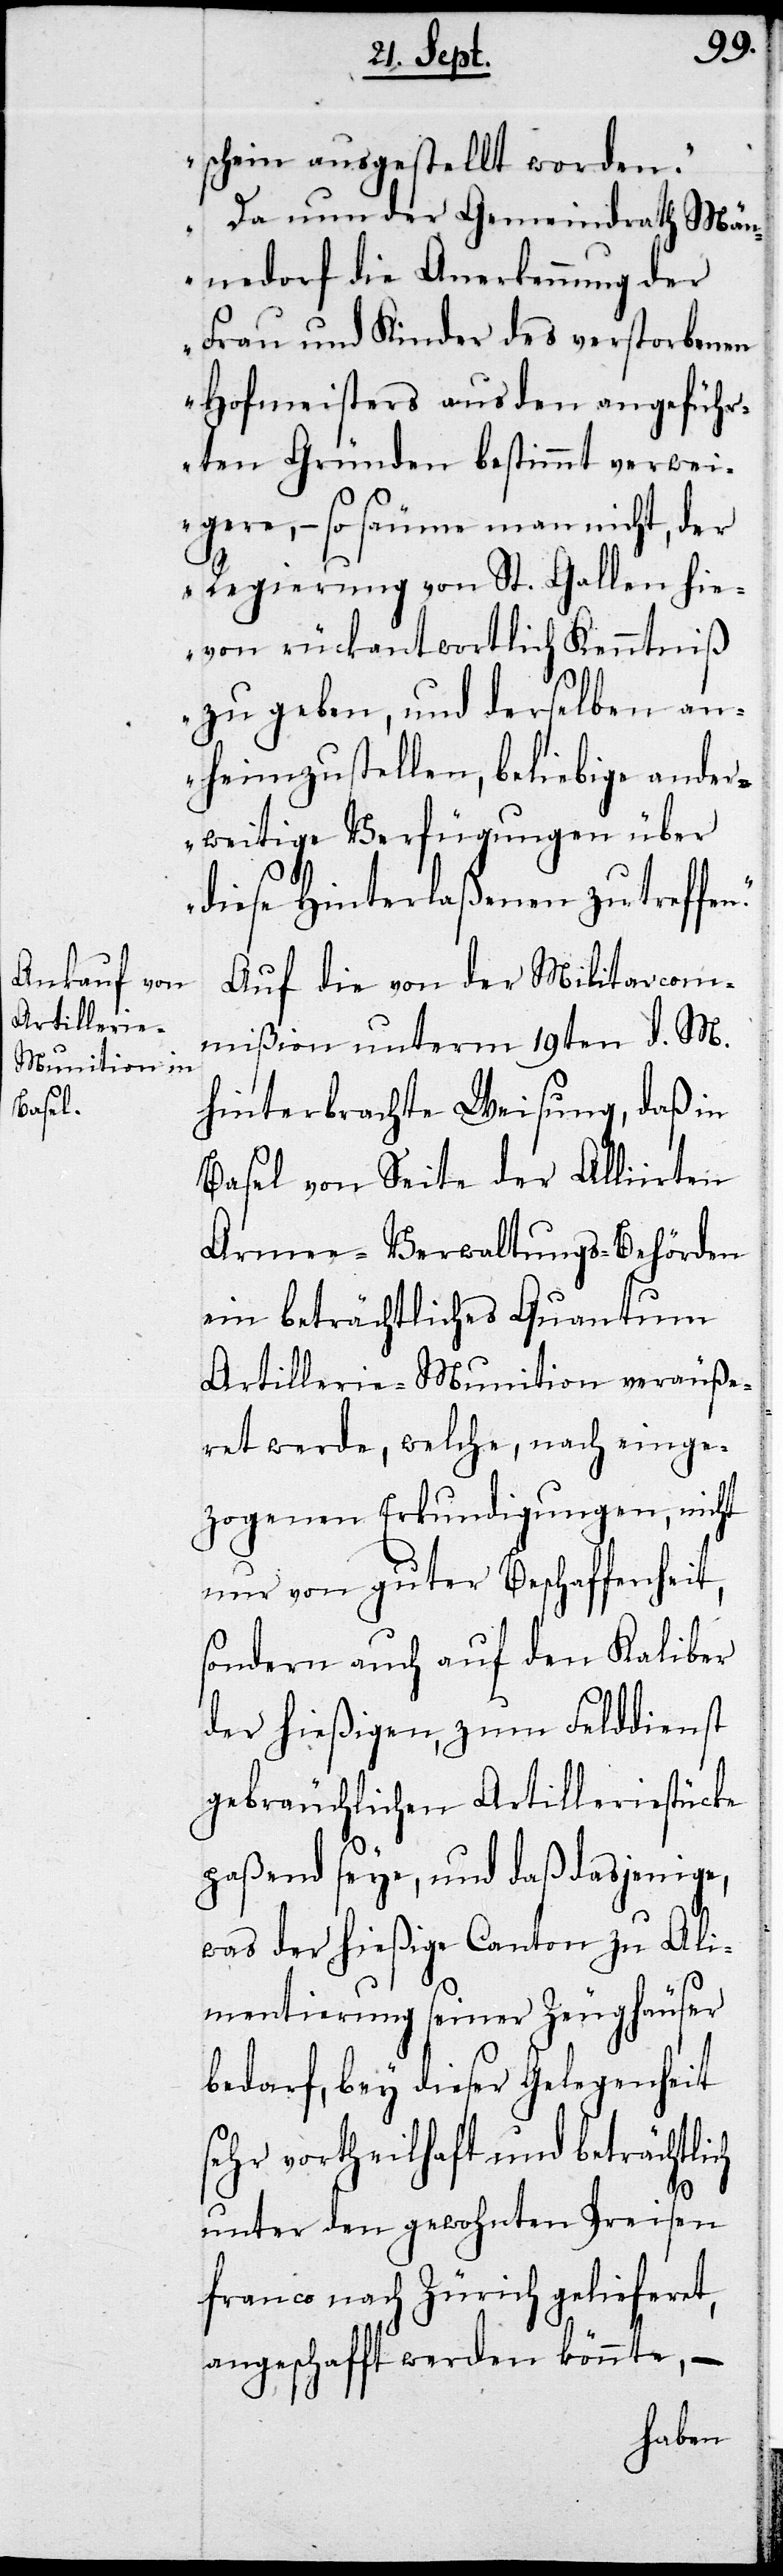
schein ausgestellt worden.
Da nun der Gemeindrath Män¬
nedorf die Anerkennung der
Frau und Kinder des verstorbenen
Hofmeisters aus den angeführ¬
ten Gründen bestimmt verwei¬
gere, – so säume man nicht, der
Regierung von St. Gallen hie¬
von rückantwortlich Kenntniß
zu geben, und derselben an¬
heimzustellen, beliebige ander¬
weitige Verfügungen über
diese Hinterlaßenen zu treffe¬
Auf die von der Militarcom¬
mißion unterm 19ten d. M.
hinterbrachte Weisung, daß in
Basel von Seite der Alliirten
Armee-Verwaltungs-Behörden
ein beträchtliches Quantum
Artillerie-Munition veräuße¬
rt werde, welche, nach einge¬
zogenen Erkundigungen, nicht
nur von guter Beschaffenheit,
sondern auch auf den Kaliber
der hießigen, zum Felddienst
gebräuchlichen Artilleriestücke
paßend seye, und daß dasjenige,
was der hießige Canton zu Ali¬
mentierung seiner Zeughäuser
bedarf, bey dieser Gelegenheit
sehr vortheilhaft und beträchtlich
n.“
unter den gewohnten Preisen
franco nach Zürich gelieferet,
angeschafft werden könnte, –